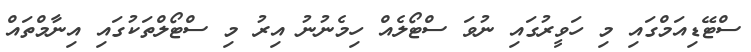
ސްޓޭޑިއަމްގައި މި ހަވީރުގައި ނުވަ ސްޓޯލެއް ހިމެނުނު އިރު މި ސްޓޯލްތަކުގައި އިނާމްތައް